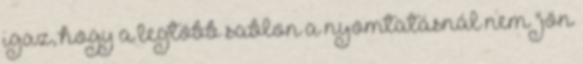
igaz, hogy a legtöbb sablon a nyomtatásnál nem "jön